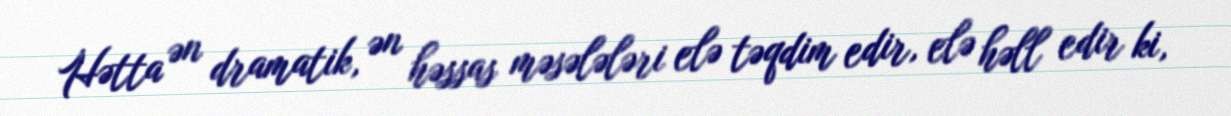
Hətta ən dramatik, ən həssas məsələləri elə təqdim edir, elə həll edir ki,